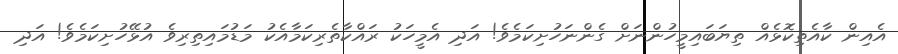
އެއިން ކާއެތިކޮޅެއް ތިޔަބައިމީހުންނަށް ގެންނަހުށިކަމެވެ! އަދި އެމީހަކު ރައްކާތެރިކަމާއެކު މަޑުމައިތިރިވެ އުޅޭހުށިކަމެވެ! އަދި